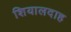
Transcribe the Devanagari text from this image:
शियालदाह